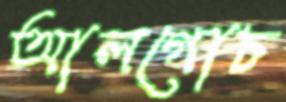
আলগোচ